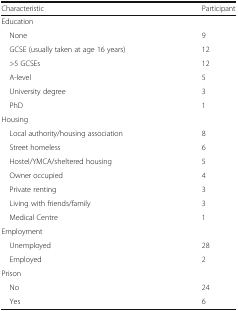
<table><thead><tr><td><b>Characteristic</b></td><td><b>Participant</b></td></tr></thead><tbody><tr><td colspan="2">Education</td></tr><tr><td> None</td><td>9</td></tr><tr><td> GCSE (usually taken at age 16 years)</td><td>12</td></tr><tr><td> &gt;5 GCSEs</td><td>12</td></tr><tr><td> A-level</td><td>5</td></tr><tr><td> University degree</td><td>3</td></tr><tr><td> PhD</td><td>1</td></tr><tr><td colspan="2">Housing</td></tr><tr><td> Local authority/housing association</td><td>8</td></tr><tr><td> Street homeless</td><td>6</td></tr><tr><td> Hostel/YMCA/sheltered housing</td><td>5</td></tr><tr><td> Owner occupied</td><td>4</td></tr><tr><td> Private renting</td><td>3</td></tr><tr><td> Living with friends/family</td><td>3</td></tr><tr><td> Medical Centre</td><td>1</td></tr><tr><td colspan="2">Employment</td></tr><tr><td> Unemployed</td><td>28</td></tr><tr><td> Employed</td><td>2</td></tr><tr><td colspan="2">Prison</td></tr><tr><td> No</td><td>24</td></tr><tr><td> Yes</td><td>6</td></tr></tbody></table>